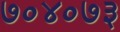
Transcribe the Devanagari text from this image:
७०४०७३